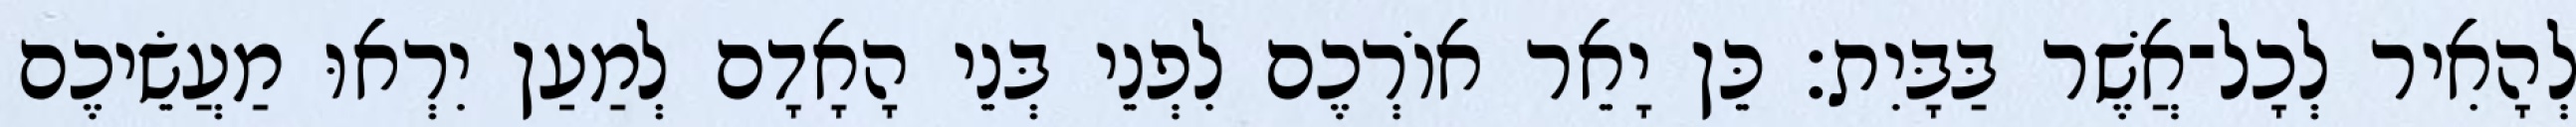
לְהָאִיר לְכָל־אֲשֶׁר בַּבָּיִת׃ כֵּן יָאֵר אוֹרְכֶם לִפְנֵי בְּנֵי הָאָדָם לְמַעַן יִרְאוּ מַעֲשֵׂיכֶם